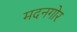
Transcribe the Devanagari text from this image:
मदनगोर